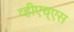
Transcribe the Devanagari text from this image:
व्हीएच्‌एस